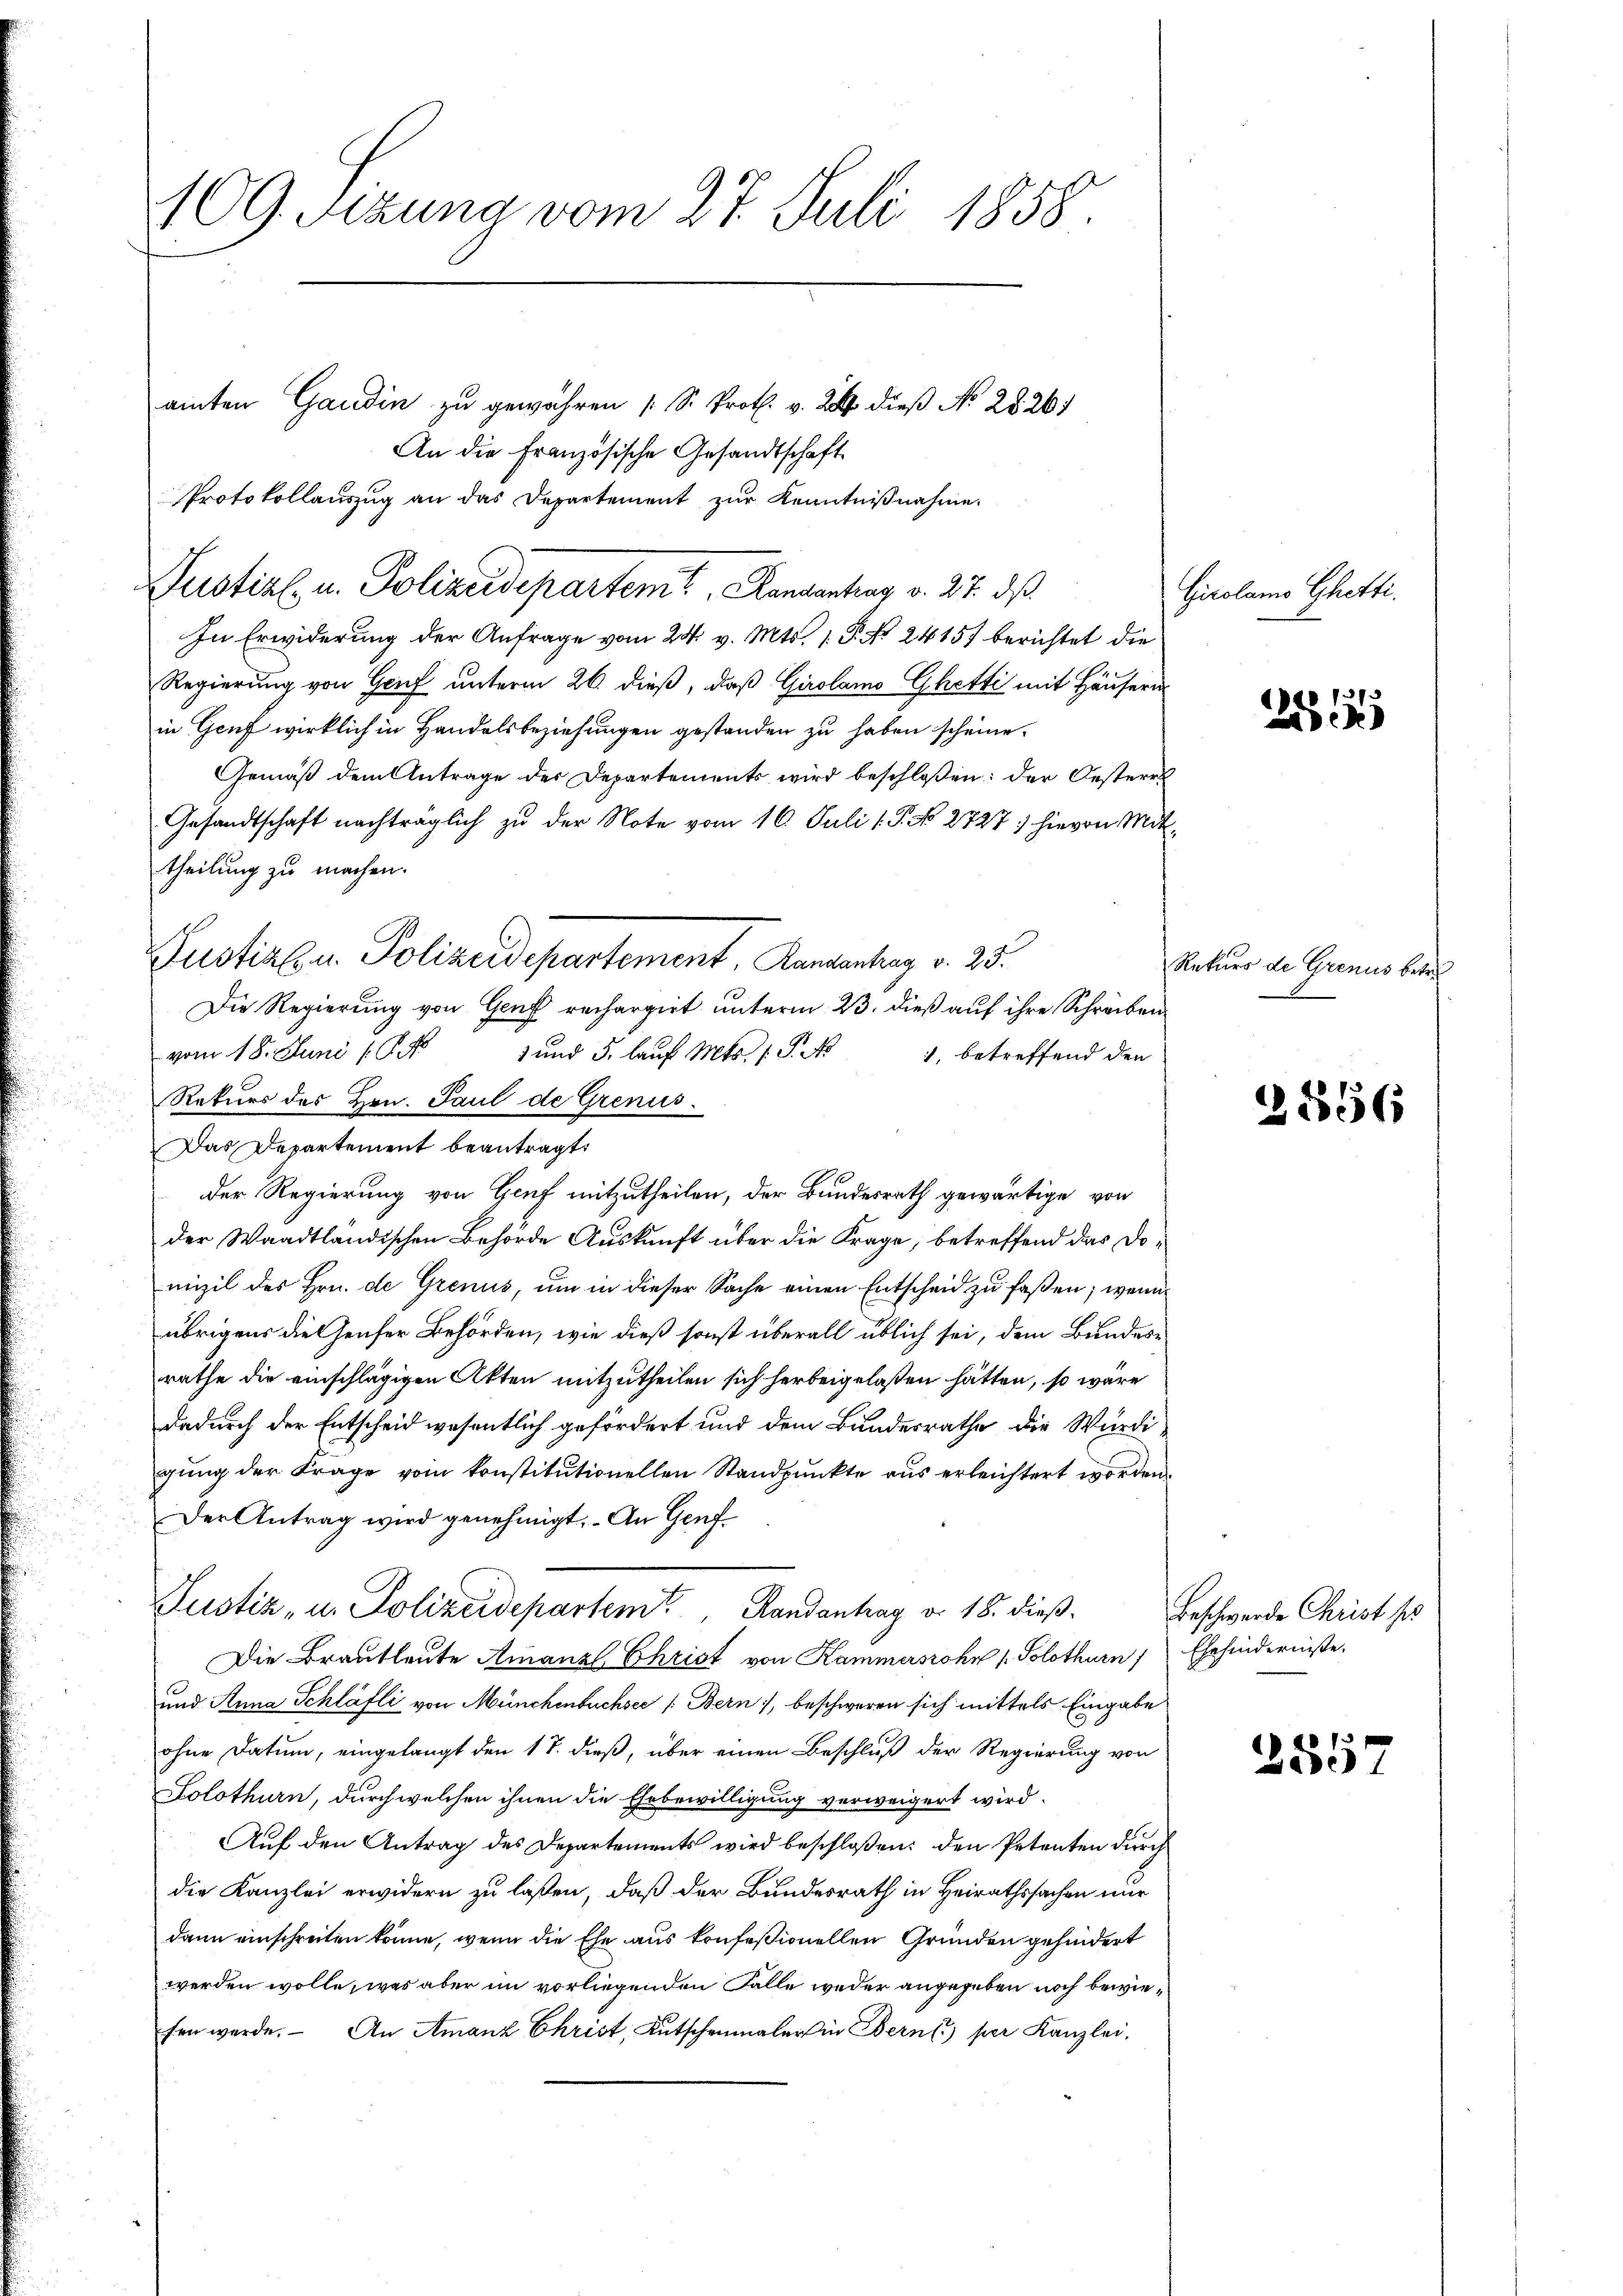
109. Sekung vom 27. Juli 1858.

amten Gandin zu gewähren (S. Prot. v. 24. dieß No 2826)
An die Französische Gesandtschaft
Protokollauszug an das Departement zur Kenntnißnahme.
In Erwiderung der Anfrage vom 24. v. Mts. 1. P. Nr. 2415 berichtet die
Regierung von Genf unterm 26. dieß, daß Girolamo Ghetti mit Häusern
in Genf wirklich in Handelsbeziehungen gestanden zu haben scheine.
Gemäß dem Antrage der Departements wird beschloßen: der Oesterr
Gesandtschaft nachträglich zu der Note vom 16. Juli 18. No. 2727; hievon Mittheilung zu machen.
Pustiz u. Polizeidepartement, Randantrag v. 25.
Die Regierung von Genf rechargirt unterm 23. dieß auf ihre Schreiben
vom 18. Juni 18. J
) und 5. lauf Mts. 1. P. N
1, betreffend den
Rekurs des Hrn. Paul de Grenus.
Das Departement beantragt.
der Regierung von Genf mitzutheilen, der Bundesrath gewärtige von
der Waadtländischen Behörde Auskunft über die Frage, betreffend das Domizil des Hrn. de Grenus, um in dieser Sache einen Entscheid zu faßen; wenn
übrigens die Genfer Behörden, wie dieß sonst überall üblich sei, dem Bundesrathe die einschlägigen Akten mitzutheilen sich herbeigelaßen hätten, so wäre
dadurch der Entscheid wesentlich gefördert und dem Bundesrathe die Würdigung der Frage vom konstitutionellen Standpunkte aus erleichtert worden.
Der Antrag wird genehmigt. An Genf
Justiz, u. Polizeidepartem Randantrag v. 18. dieß.
Die Brautleute Amanzl Christ von Kammerssohn s. Solothurn)
und Anna Schläfli von Münchenbuchsee /: Bern, beschweren sich mittels Eingabe
ohne Datum, eingelangt den 1 S. dieß, über einen Beschluß der Regierung von
Solothurn, durch welchen ihnen die Ehebewilligung verweigert wird.
Auf den Antrag des Departements wird beschloßen: den Petenten durch
die Kanzlei erwidern zu laßen, daß der Bundesrath in Heirathssachen nur
dann einschreiten könne, wenn die Ehe aus konfeßionellen Gründen gehindert
werden wolle, was aber im vorliegenden Falle weder angegeben noch bewiefen werde. An Amanz Christ, Kutschenmaler in Bernst) per Kanzlei,

Dustiz- u. Polizeideparten? Landantrag v. 27. dß.

Girolams Ghetti.

255 189

Rekurs de Grenus betre

2856

Beschwerde Christ st
Ehehinderniße.

1401
ade